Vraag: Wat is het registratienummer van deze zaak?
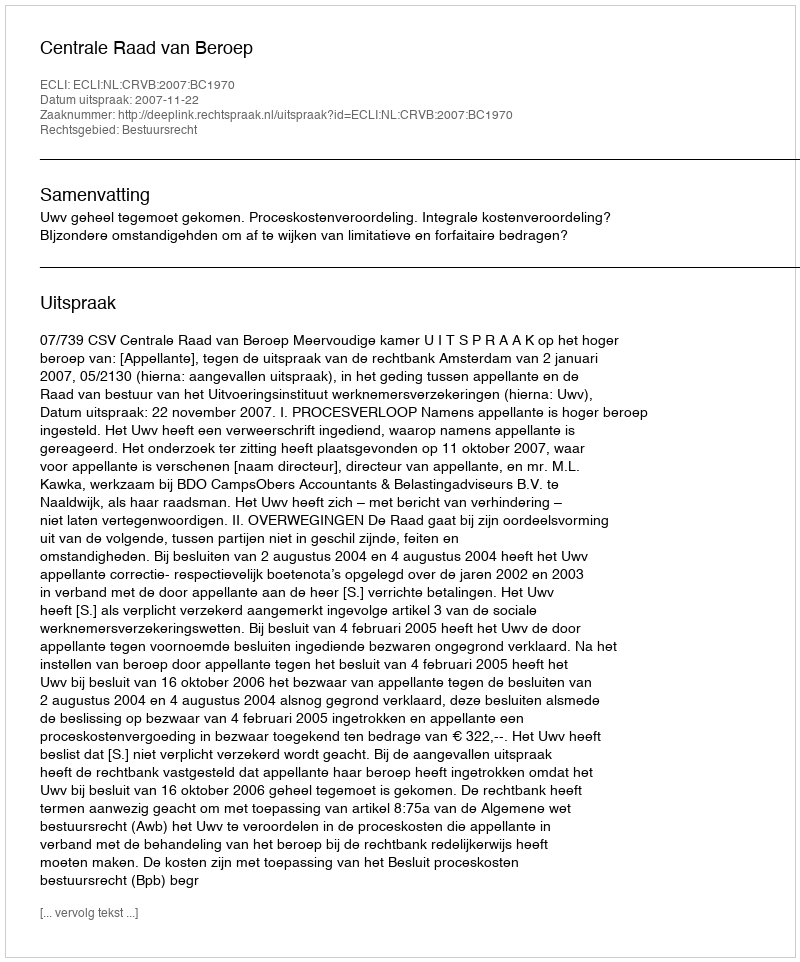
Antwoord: http://deeplink.rechtspraak.nl/uitspraak?id=ECLI:NL:CRVB:2007:BC1970